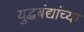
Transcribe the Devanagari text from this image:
युद्धबंद्यांच्या